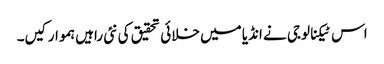
اس ٹیکنالوجی نے انڈیا میں خلائی تحقیق کی نئی راہیں ہموار کیں۔